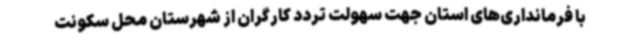
با فرمانداری‌های استان جهت سهولت تردد کارگران از شهرستان محل سکونت